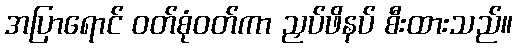
အပြာရောင် ဝတ်စုံဝတ်ကာ ညှပ်ဖိနပ် စီးထားသည်။